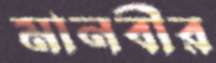
মানবীর